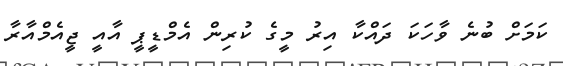
ކަމަށް ބުނެ ވާހަކަ ދައްކާ އިރު މީގެ ކުރިން އެމްޑީޕީ އާއީ ޖީއެމްއާރާ